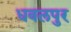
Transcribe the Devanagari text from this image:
धवलपुर